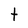
Character: t